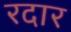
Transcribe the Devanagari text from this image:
रदार